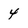
Character: 4